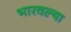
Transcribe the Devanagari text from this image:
भारवल्या